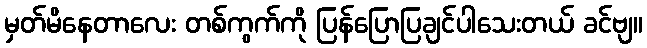
မှတ်မိနေတာလေး တစ်ကွက်ကို ပြန်ပြောပြချင်ပါသေးတယ် ခင်ဗျ။